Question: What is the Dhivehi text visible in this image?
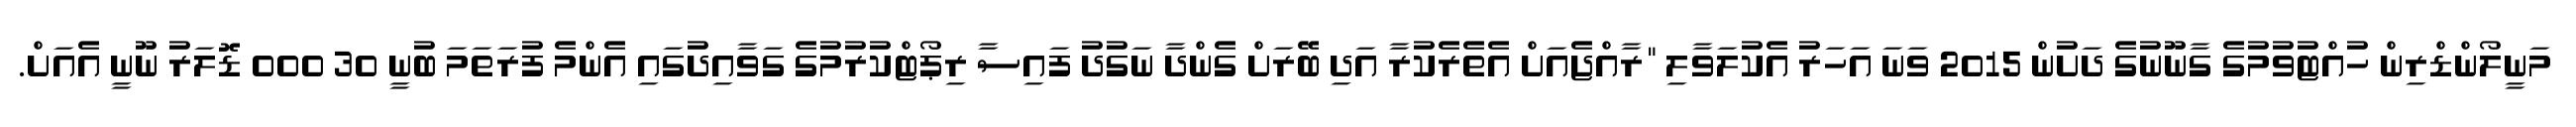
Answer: މަނީލޯންޑްރިން ހުއްޓުވުމުގެ ގާނޫނުގެ ދަށުން 2015 ވަނަ އަހަރު އެކުލަވާލި "ރާއްޖެއަށް އެތެރެކުރާ އަދި ބޭރަށް ގެންދާ ނަގުދު ފައިސާ ރިޕޯޓްކުރުމުގެ ގަވާއިދުގައި އެންމެ ފުރަތަމަ ބުނީ 30 000 ޑޮލަރު ނޫނީ އެއަށް.